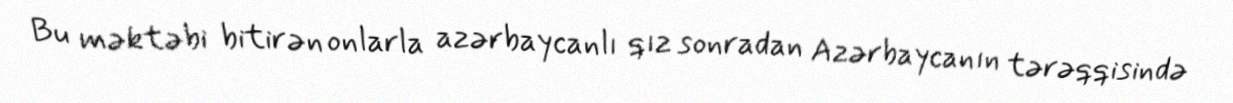
Bu məktəbi bitirən onlarla azərbaycanlı qız sonradan Azərbaycanın tərəqqisində